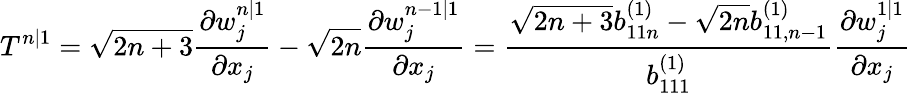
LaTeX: T^{n|1}=\sqrt{2n+3}\frac{\partial w_{j}^{n|1}}{\partial x_{j}}-\sqrt{2n}\frac{\partial w_{j}^{n-1|1}}{\partial x_{j}}=\frac{\sqrt{2n+3}b_{11n}^{(1)}-\sqrt{2n}b_{11,n-1}^{(1)}}{b_{111}^{(1)}}\frac{\partial w_{j}^{1|1}}{\partial x_{j}}